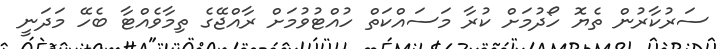
ސަރުކާރުން ތެޔޮ ހޯދުމަށް ކުރާ މަސައްކަތް ހުއްޓުވުމަށް ރާއްޖޭގެ ތިމާވެއްޓާ ބެހޭ މަދަނީ